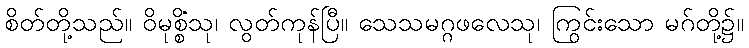
စိတ်တို့သည်။ ဝိမုစ္စိံသု၊ လွတ်ကုန်ပြီ။ သေသမဂ္ဂဖလေသု၊ ကြွင်းသော မဂ်တို့၌။